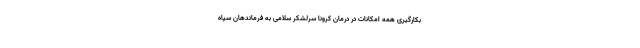
بکارگیری همه امکانات در درمان کرونا سرلشکر سلامی به فرماندهان سپاه